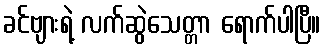
ခင်ဗျားရဲ့ လက်ဆွဲသေတ္တာ ရောက်ပါပြီ။